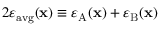
2 \varepsilon _ { \mathrm { a v g } } ( \mathbf { x } ) \equiv \varepsilon _ { \mathrm { A } } ( \mathbf { x } ) + \varepsilon _ { \mathrm { B } } ( \mathbf { x } )